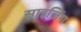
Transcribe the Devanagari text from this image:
साइज़िंग